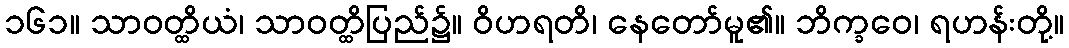
၁၆၁။ သာဝတ္ထိယံ၊ သာဝတ္ထိပြည်၌။ ဝိဟရတိ၊ နေတော်မူ၏။ ဘိက္ခဝေ၊ ရဟန်းတို့။